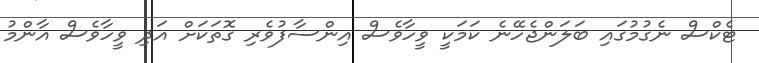
ޓެކްސް ނެގުމުގައި ބަލަންޖެހޭނެ ކަމަކީ ވީހާވެސް އިންސާފުވެރި ގޮތަކަށް އަދި ވީހާވެސް އާންމު